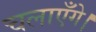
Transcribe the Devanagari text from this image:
चलाएँगे।